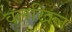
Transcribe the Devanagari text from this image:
वलखिल